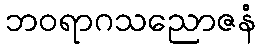
ဘဝရာဂသညောဇနံ